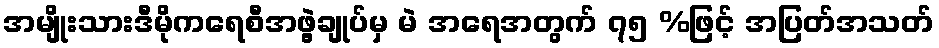
အမျိုးသားဒီမိုကရေစီအဖွဲ့ချုပ်မှ မဲ အရေအတွက် ၇၅ %ဖြင့် အပြတ်အသတ်